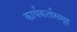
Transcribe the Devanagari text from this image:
कार्यकर्तासमूह